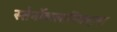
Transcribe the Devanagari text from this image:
स्तेर्नोकलाविक्यूलर